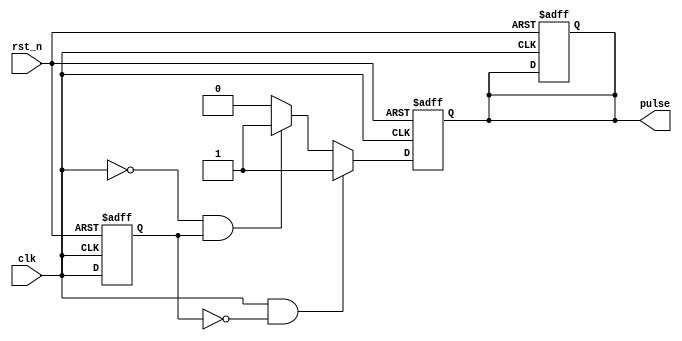
module pulse_edge_detector (
    input wire clk,          // Input signal
    input wire rst_n,       // Active low reset
    output reg pulse        // Output pulse
);

    reg clk_prev;           // Previous state of the input signal

    // Sequential logic to store the previous state of the input signal
    always @(posedge clk or negedge rst_n) begin
        if (!rst_n) begin
            clk_prev <= 1'b0; // Initialize previous state to low on reset
            pulse <= 1'b0;    // Initialize pulse to low on reset
        end else begin
            clk_prev <= clk;  // Update previous state with current state
        end
    end

    // Combinational logic to detect edges and generate pulse
    always @(posedge clk or negedge rst_n) begin
        if (!rst_n) begin
            pulse <= 1'b0;    // Reset pulse to low
        end else begin
            // Generate pulse on rising edge
            if (clk && !clk_prev) begin
                pulse <= 1'b1; // Rising edge detected
            end
            // Generate pulse on falling edge
            else if (!clk && clk_prev) begin
                pulse <= 1'b1; // Falling edge detected
            end
            else begin
                pulse <= 1'b0; // No edge detected
            end
        end
    end

endmodule